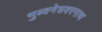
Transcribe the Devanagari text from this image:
भुब्वनेशवरनाथ